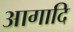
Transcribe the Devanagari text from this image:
आगादि